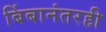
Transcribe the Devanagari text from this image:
बिंबानंतरही